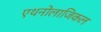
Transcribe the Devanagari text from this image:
एथनोलाजिकल